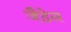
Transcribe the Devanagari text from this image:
जैडेन